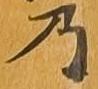
乃